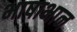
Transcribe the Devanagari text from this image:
भाषाभान